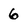
Character: 6